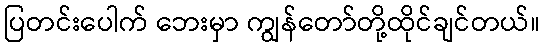
ပြတင်းပေါက် ဘေးမှာ ကျွန်တော်တို့ထိုင်ချင်တယ်။